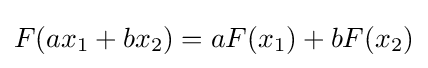
F(ax_{1}+bx_{2})=aF(x_{1})+bF(x_{2})